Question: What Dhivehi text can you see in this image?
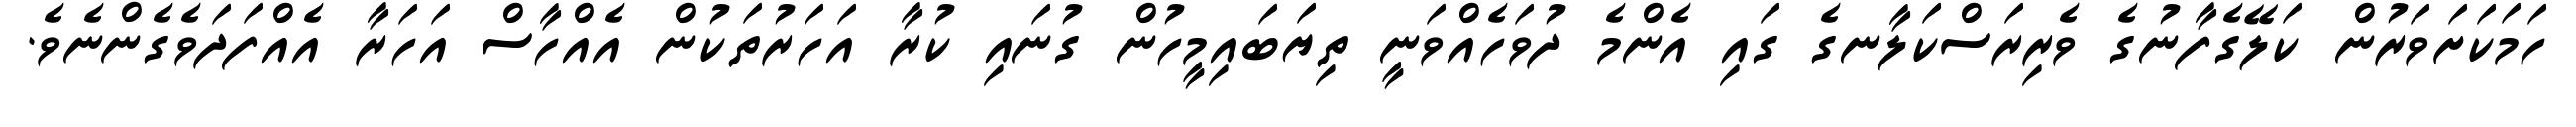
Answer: ހަމަކަށަވަރުން ކަލޭގެފާނުގެ ވެރިރަސްކަލާނގެ ގައި އެންމެ ދުވަހެއްވަނީ ތިޔަބައިމީހުން ގުނައި ކުރާ އަހަރުތަކުން އެއްހާސް އަހަރާ އެއްފަދަވެގެންނެވެ.